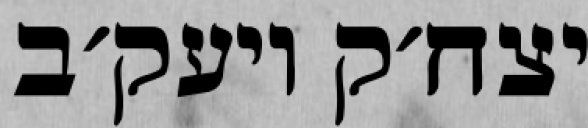
יצח׳ק ויעק׳ב